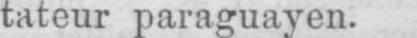
tateur paraguayen.